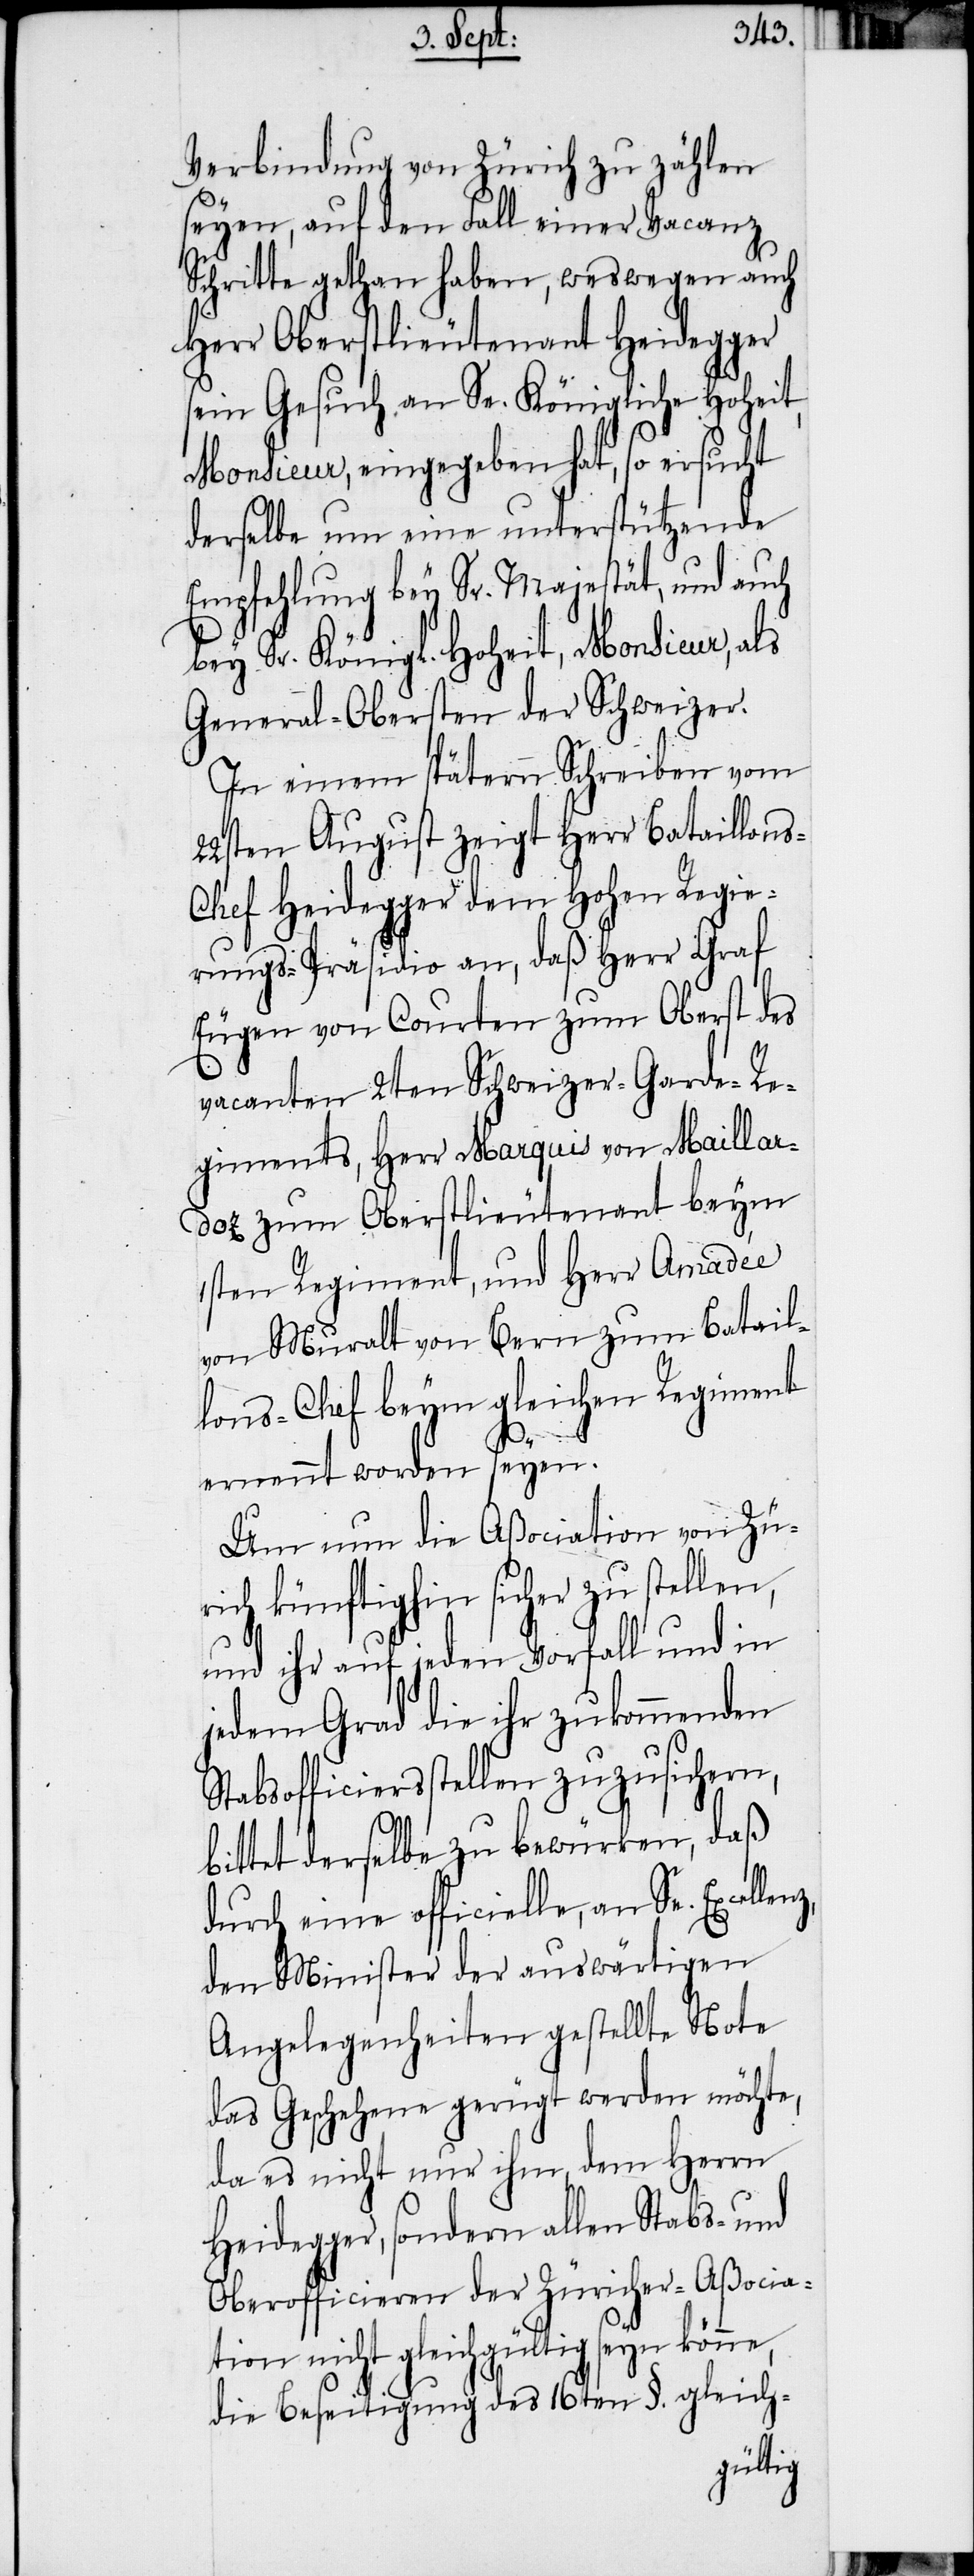
Verbindung von Zürich zu zählen
seyen, auf den Fall einer Vacanz
Schritte gethan haben, weswegen auch
Herr Oberstlieutenant Heidegger
sein Gesuch an Se. Königliche Hoheit,
Monsieur, eingegeben hat, so ersucht
derselbe um eine unterstützende
Empfehlung bey Sr. Majestät, und auch
bey Sr. Königl. Hoheit, Monsieur, als
General-Obersten der Schweizer.
In einem spätern Schreiben vom
22sten August zeigt Herr Bataillon¬
s-Chef Heidegger dem Hohen Regie¬
rungs-Präsidio an, daß Herr Graf
Eugen von Courten zum Oberst des
vacanten 2ten Schweizer-Garde-Re¬
giments, Herr Marquis von Maillar¬
doz zum Oberstlieutenant beym
1sten Regiment, und Herr Amadée
von Muralt von Bern zum Batail¬
lons-Chef beym gleichen Regimen
ernennt worden seyen.
Um nun die Aßociation von Zü¬
rich künftighin sicher zu stellen,
und ihr auf jeden Vorfall und in
jedem Grad die ihr zukommenden
Stabsofficiersstellen zuzusichern,
bittet derselbe zu bewürken, daß
durch eine officielle, an Se. Excel¬
den Minister der auswärtigen
Angelegenheiten gestellte Note
das Geschehene gerügt werden möchte,
da es nicht nur ihm, dem Herrn
Heidegger, sondern allen Stabs- und
Oberofficieren der Züricher-Aßocia¬
tion nicht gleichgültig seyn könne,
die Beseitigung des 16ten §. gleich-
lenz,